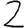
Digit: 2